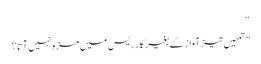
“
”تمھیں تیز آواز کے بغیر کار ریس میں مزہ نہیں آتا؟